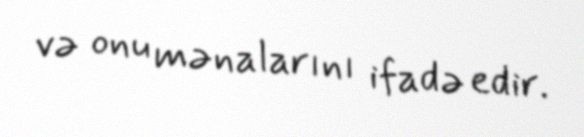
və onu mənalarını ifadə edir.